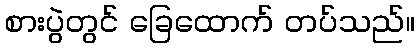
စားပွဲတွင် ခြေထောက် တပ်သည်။